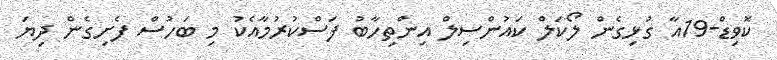
ކޮވިޑް-19އާ ގުޅިގެން ލޯކަލް ކައުންސިިލް އިންތިހާބު ފަސްކުރުމާއެކު މި ބަހުސް ފެށިގެން ދިޔަ